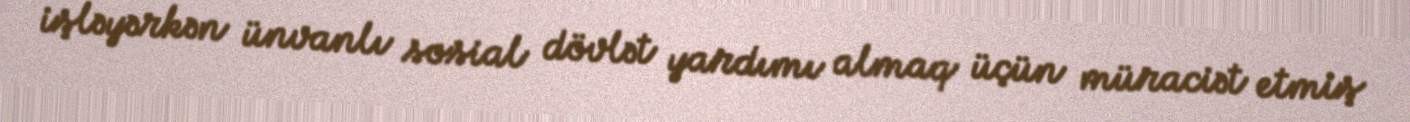
işləyərkən ünvanlı sosial dövlət yardımı almaq üçün müraciət etmiş